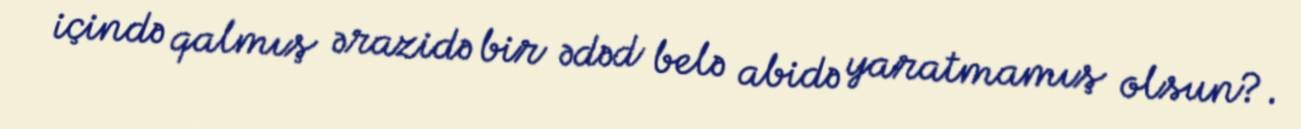
içində qalmış ərazidə bir ədəd belə abidə yaratmamış olsun?.